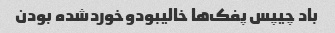
باد چیپس پفک‌ها خالیبودوخوردشده بودن